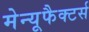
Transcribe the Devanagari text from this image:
मेन्यूफैक्टर्स